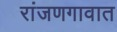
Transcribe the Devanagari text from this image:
रांजणगावात